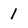
Character: 1